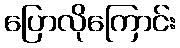
ပြောလိုကြောင်း